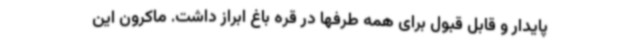
پایدار و قابل قبول برای همه طرفها در قره باغ ابراز داشت. ماکرون این